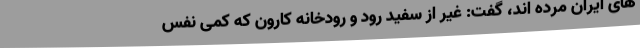
های ایران مرده اند، گفت: غیر از سفید رود و رودخانه کارون که کمی نفس